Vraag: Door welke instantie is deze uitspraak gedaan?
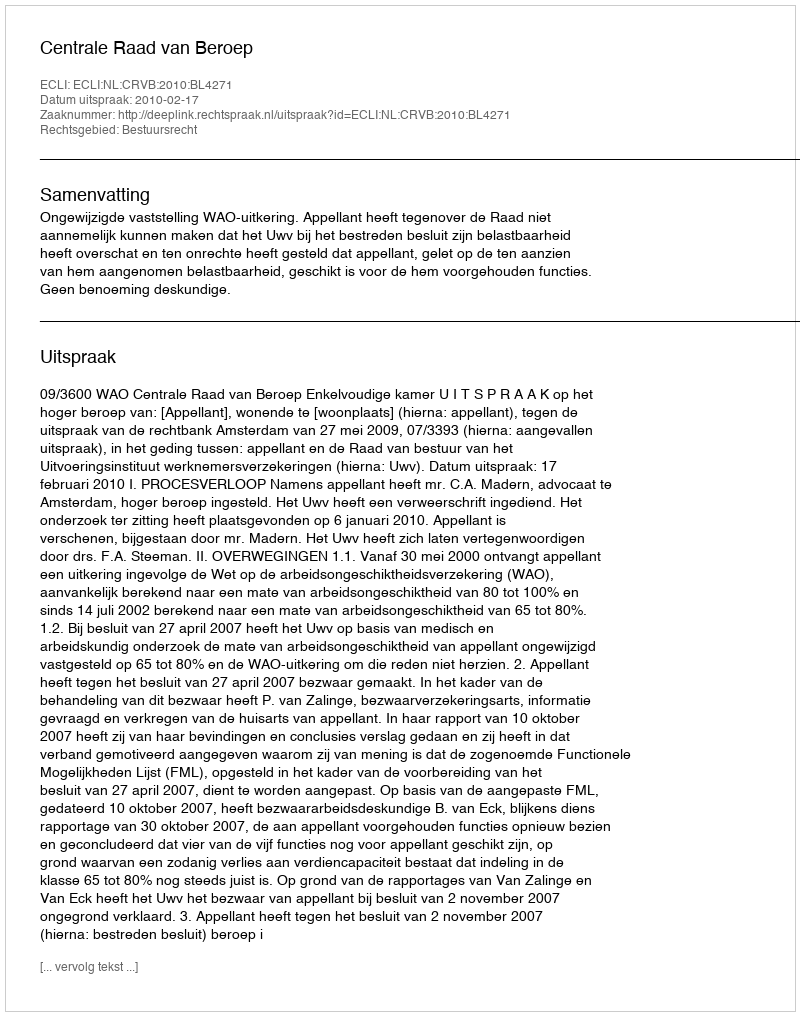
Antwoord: Centrale Raad van Beroep